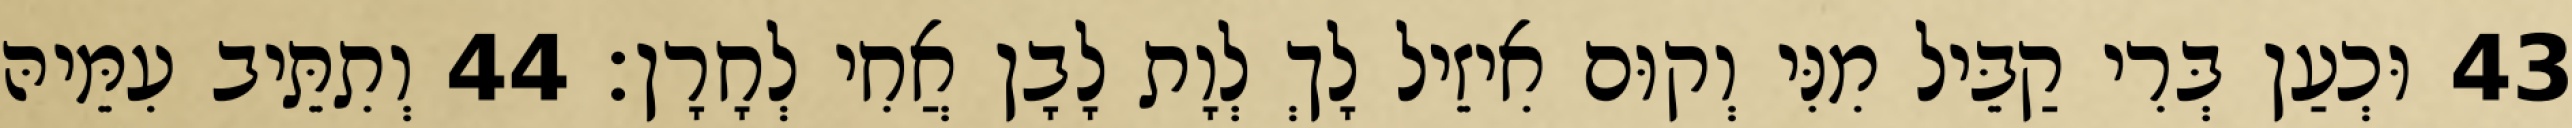
43 וּכְעַן בְּרִי קַבֵּיל מִנִּי וְקוּם אִיזֵיל לָךְ לְוָת לָבָן אֲחִי לְחָרָן׃ 44 וְתִתֵּיב עִמֵּיהּ